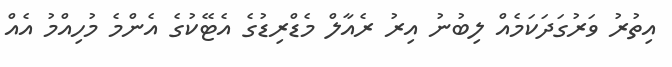
އިތުރު ވަރުގަދަކަމެއް ލިބުނު އިރު ރެއާލް މެޑްރިޑުގެ އެޓޭކުގެ އެންމެ މުހިއްމު އެއް